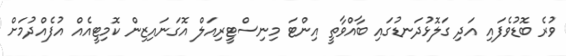
ވުރެ ބޮޑުވެފައި އަދި ގަލޮޅުދަނޑުގައި ބާއްވާތީ އިންޓަ މިނިސްޓީރިއަލް އޮގަނައިޒިން ކޮމިޓީއެއް އުފެއްދުމަށް